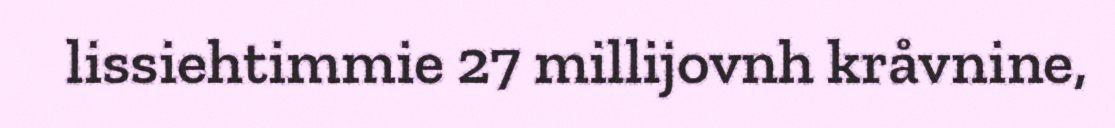
lissiehtimmie 27 millijovnh kråvnine,